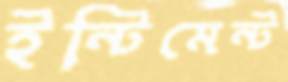
ইন্টিমেন্ট